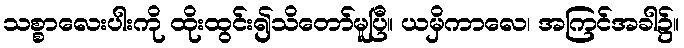
သစ္စာလေးပါးကို ထိုးထွင်း၍သိတော်မူပြီ။ ယမှိကာလေ၊ အကြင်အခါ၌။